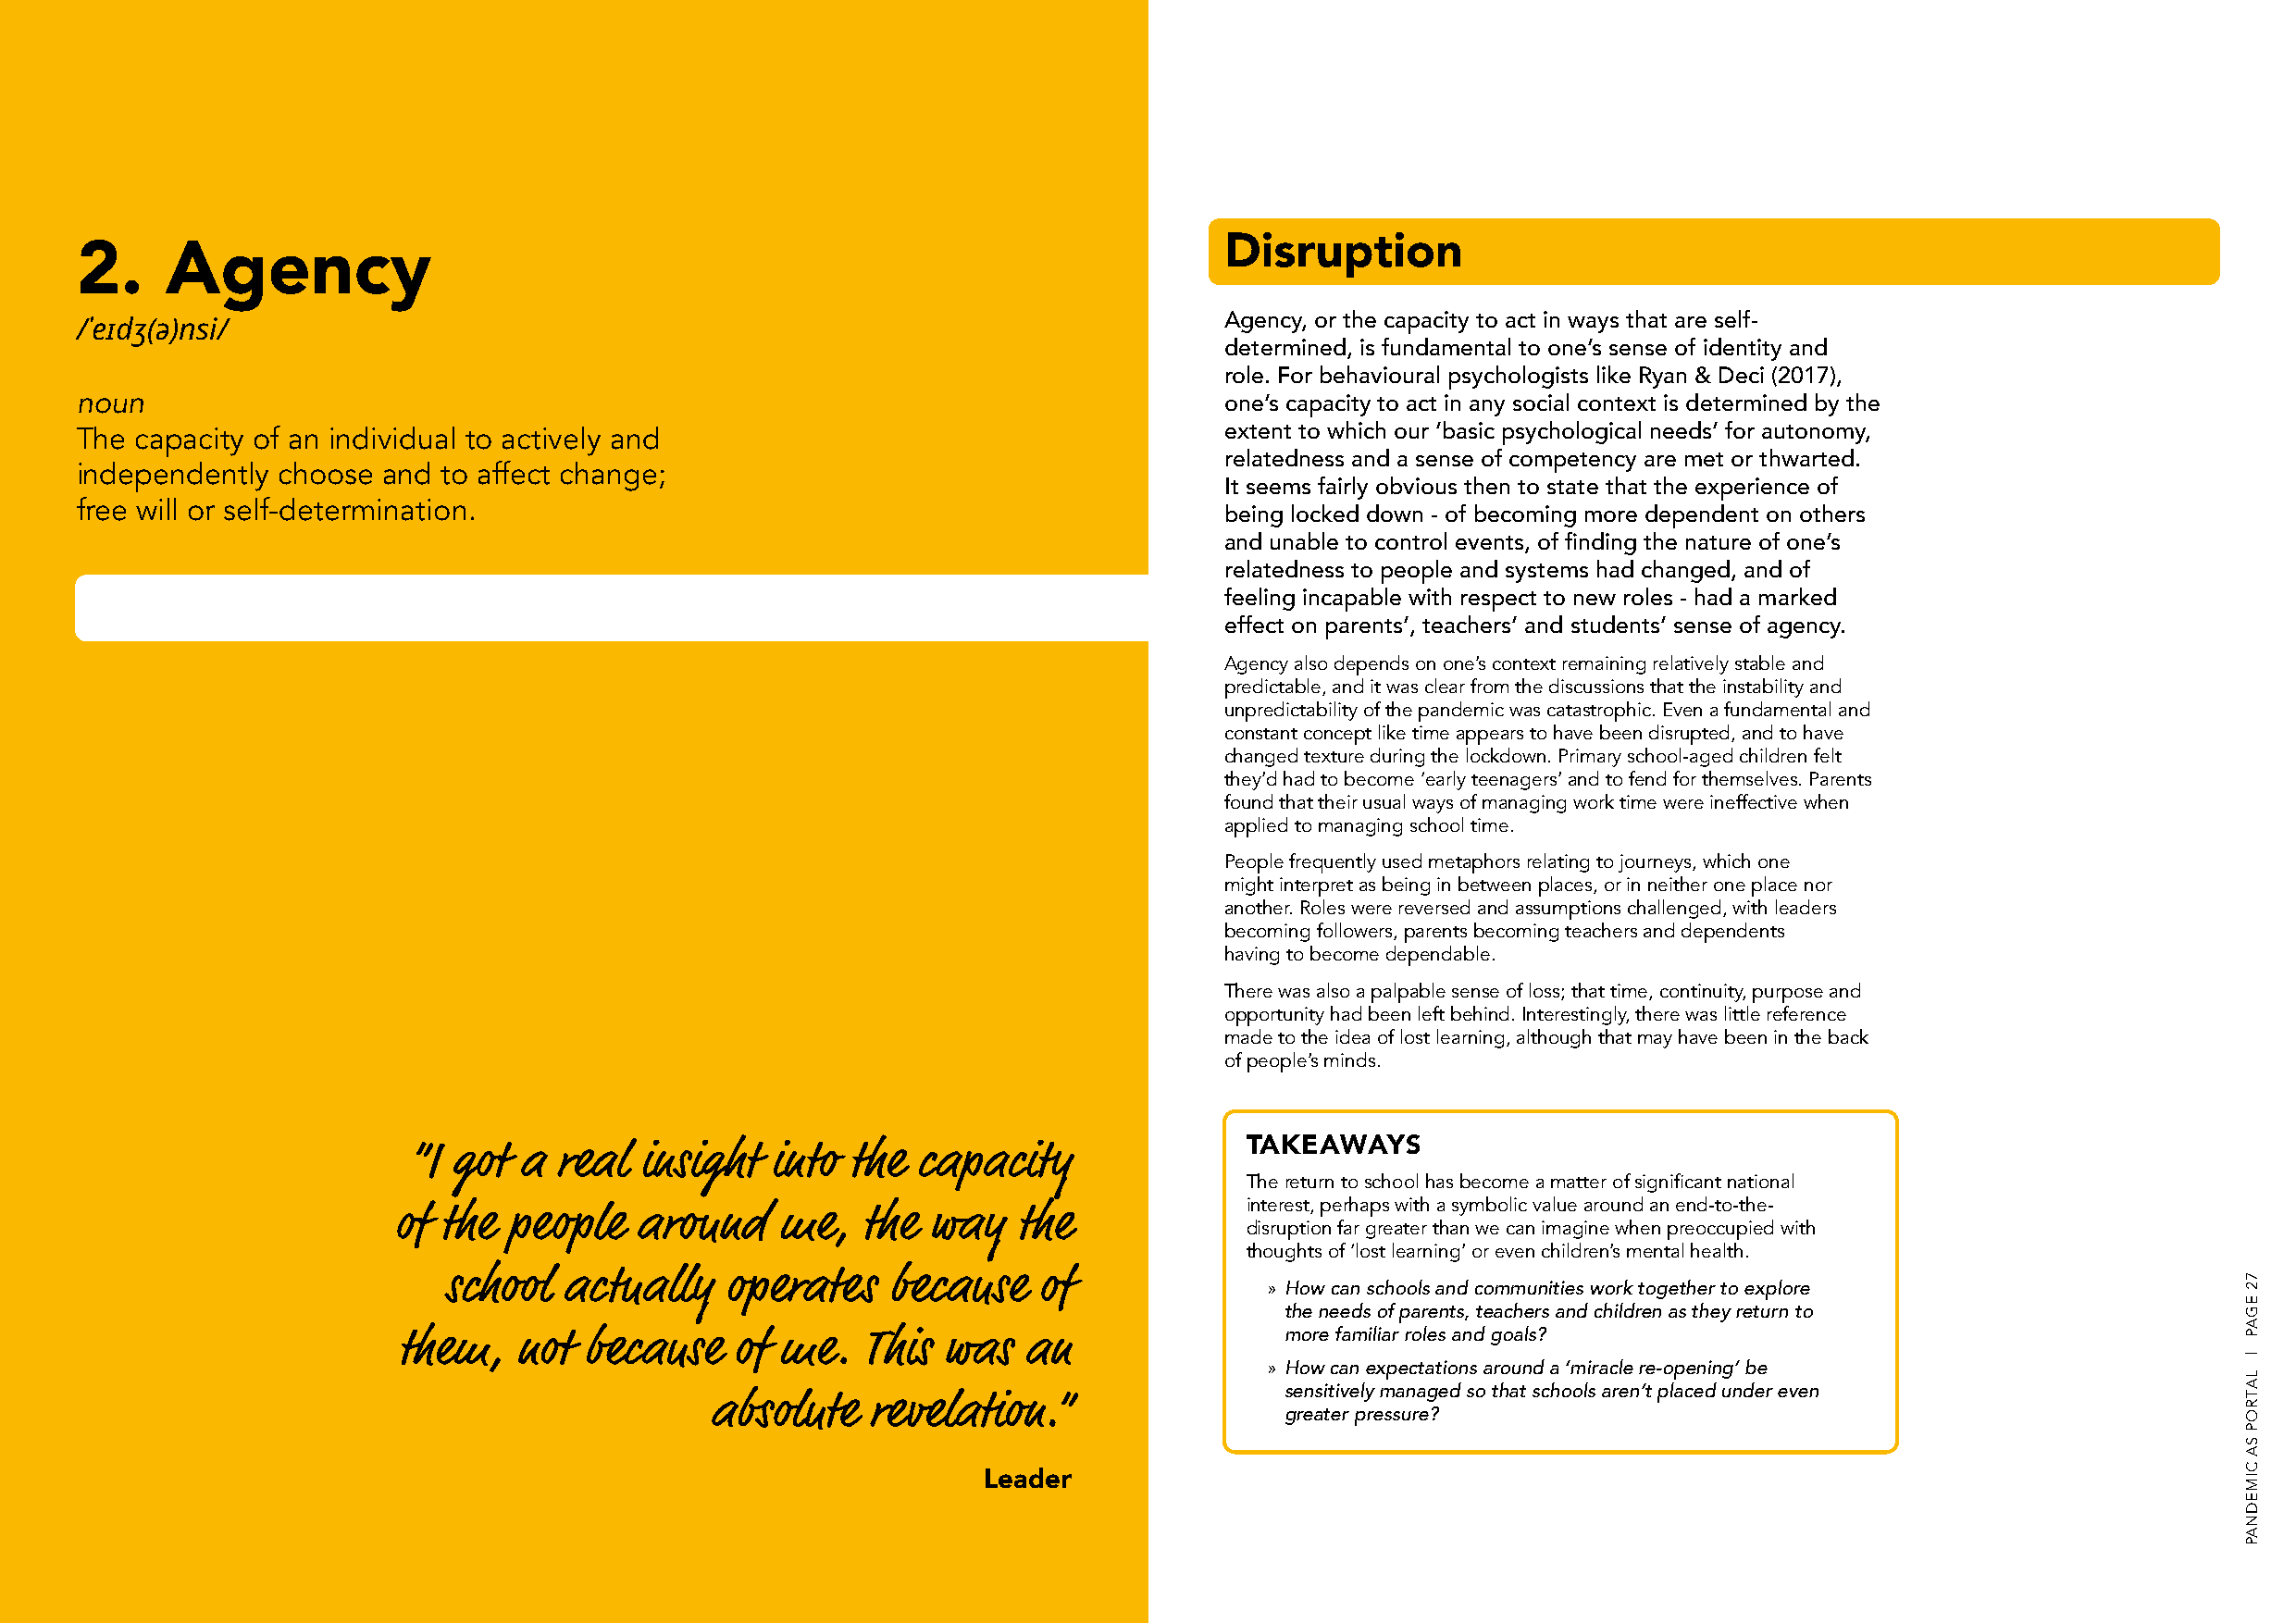
Disruption
 2.     Agency
 Agency, or the capacity to act in ways that are self-
 /ˈeɪdʒ(ə)nsi/
 determined, is fundamental to one’s sense of identity and
 role. For behavioural psychologists like Ryan & Deci (2017),
 noun
 one’s capacity to act in any social context is determined by the
 The  capacity of an individual to actively and                                     extent to which our ‘basic psychological needs’ for autonomy,
 relatedness and a sense of competency are met or thwarted.
 independently  choose and  to affect change;
 It seems fairly obvious then to state that the experience of
 free will or self-determination.
 being locked down - of becoming more dependent on others
 and unable to control events, of finding the nature of one’s
 relatedness to people and systems had changed, and of
 feeling incapable with respect to new roles - had a marked
 effect on parents’, teachers’ and students’ sense of agency.
 Agency also depends on one’s context remaining relatively stable and
 predictable, and it was clear from the discussions that the instability and
 unpredictability of the pandemic was catastrophic. Even a fundamental and
 constant concept like time appears to have been disrupted, and to have
 changed texture during the lockdown. Primary school-aged children felt
 they’d had to become ‘early teenagers’ and to fend for themselves. Parents
 found that their usual ways of managing work time were ineffective when
 applied to managing school time.
 People frequently used metaphors relating to journeys, which one
 might interpret as being in between places, or in neither one place nor
 another. Roles were reversed and assumptions challenged, with leaders
 becoming followers, parents becoming teachers and dependents
 having to become dependable.
 There was also a palpable sense of loss; that time, continuity, purpose and
 opportunity had been left behind. Interestingly, there was little reference
 made to the idea of lost learning, although that may have been in the back
 of people’s minds.
 TAKEAWAYS
 “I got  a  real  insight  into  the  capacity
 The return to school has become a matter of significant national
 interest, perhaps with a symbolic value around an end-to-the-
 of the  people    around    me,   the way    the
 disruption far greater than we can imagine when preoccupied with
 thoughts of ‘lost learning’ or even children’s mental health.
 school  actually    operates    because   of
 » How can schools and communities work together to explore
 the needs of parents, teachers and children as they return to
 more familiar roles and goals?
 them,   not  because   of  me.   This was   an
 » How can expectations around a ‘miracle re-opening’ be
 sensitively managed so that schools aren’t placed under even
 absolute   revelation.”
 greater pressure?
 Leader
 72
 EGAP
 |
 LATROP
 SA
 CIMEDNAP